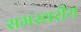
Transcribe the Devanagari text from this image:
समस्वरीय